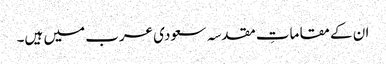
ان کے مقاماتِ مقدسہ سعودی عرب میں ہیں۔